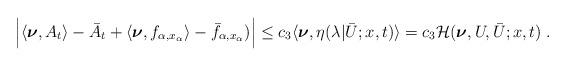
LaTeX: \begin{align*}\begin{aligned}\Big|\langle\boldsymbol{\nu},A_t\rangle-\bar A_t+ \langle\boldsymbol{\nu},f_{\alpha,x_\alpha}\rangle -\bar f_{\alpha,x_\alpha})\Big| &\le c_3 \langle \boldsymbol{\nu} , \eta (\lambda | \bar U;x,t ) \rangle = c_3 \mathcal{H} ( \boldsymbol{\nu},U,\bar{U};x,t)\;.\end{aligned}\end{align*}